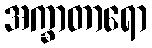
အက္ခာတာရော